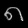
Digit: ၈